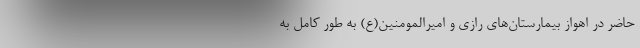
حاضر در اهواز بیمارستان‌های رازی و امیرالمومنین(ع) به طور کامل به